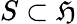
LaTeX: S\subset\mathfrak{H}